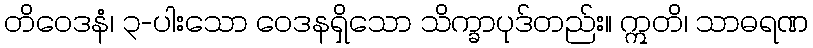
တိဝေဒနံ၊ ၃-ပါးသော ဝေဒနရှိသော သိက္ခာပုဒ်တည်း။ ဣတိ၊ သာဓရဏ